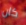
كان